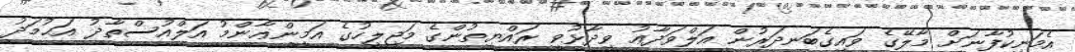
އެމަނިކުފާނަށް މާލޭގެ ވައިގެބަނދަރުން އަލްވަދާޢު ވިދާޅުވީ ރައްޔިތުންގެ މަޖިލީހުގެ އަމީންޢާންމު އަލްއުސްތާޛު އަޙުމަދު